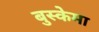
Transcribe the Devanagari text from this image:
बुस्केमा